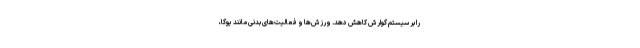
را بر سیستم گوارش کاهش دهد. ورزش‌ها و فعالیت‌های بدنی مانند یوگا،